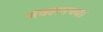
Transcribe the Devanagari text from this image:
जंक्शनच्या